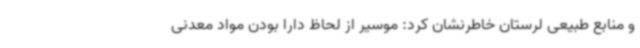
و منابع طبیعی لرستان خاطرنشان کرد: موسیر از لحاظ دارا بودن مواد معدنی